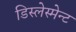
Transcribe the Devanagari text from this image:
डिस्लेस्मेन्ट